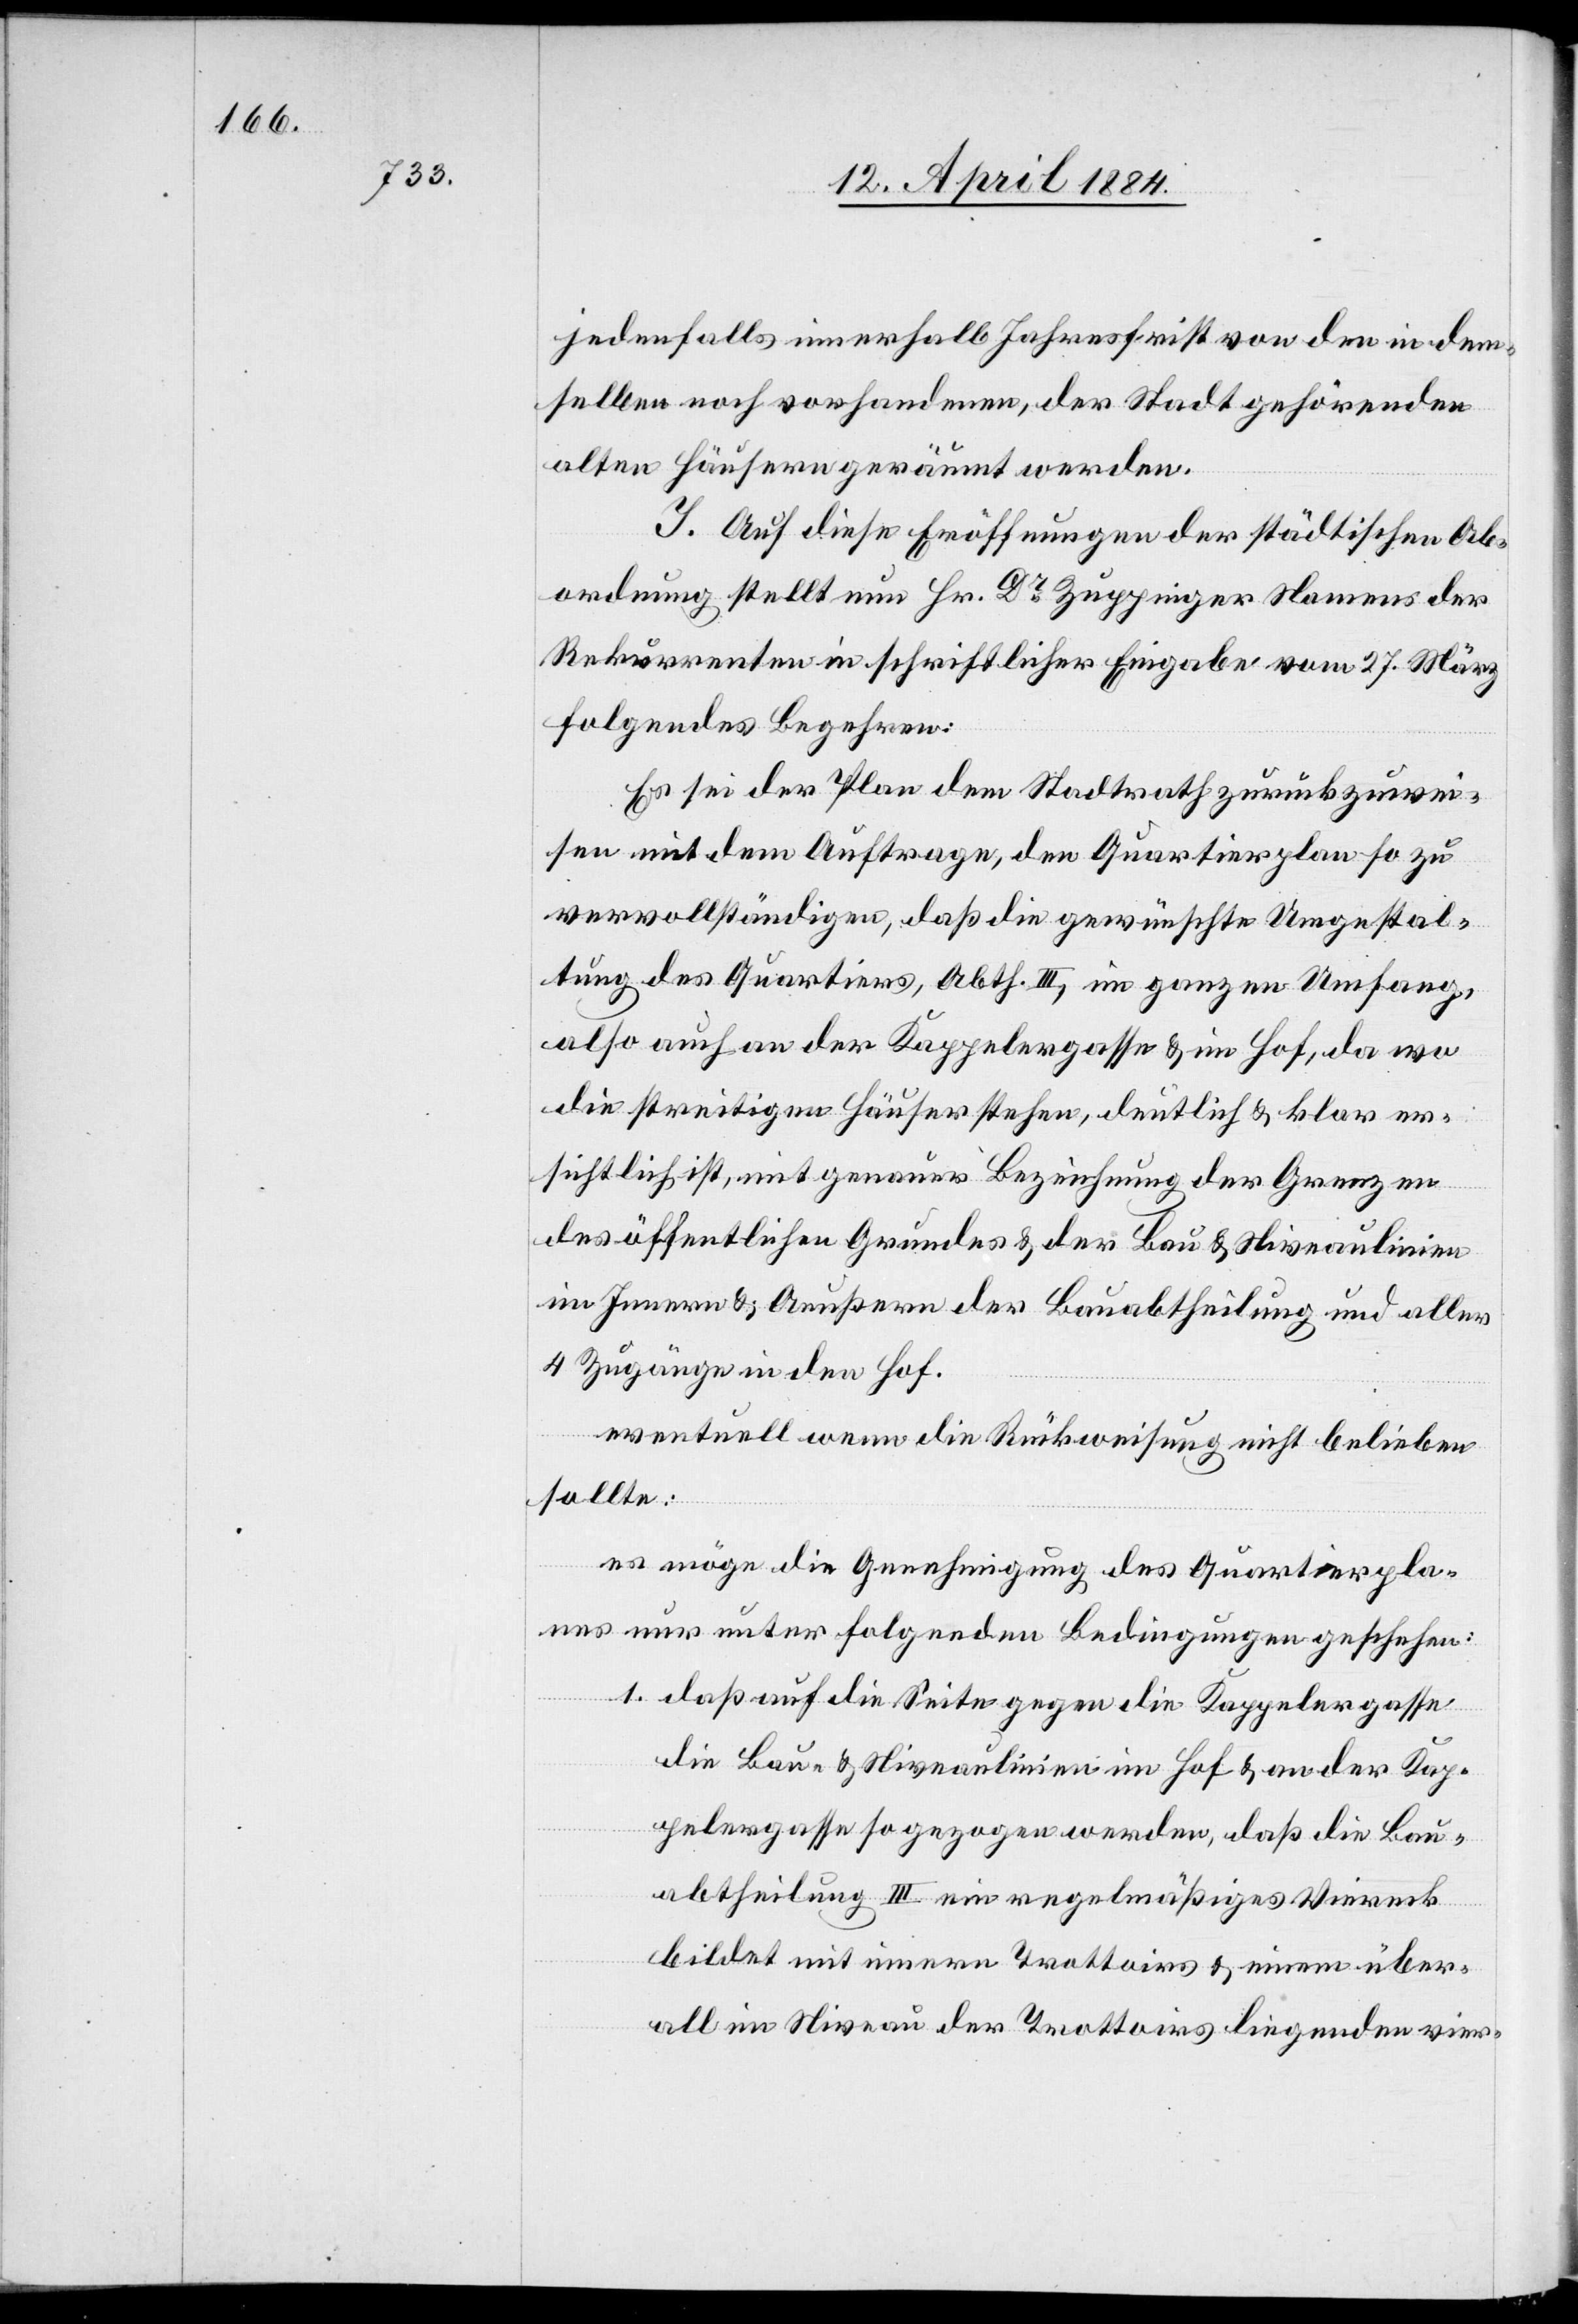
jedenfalls innerhalb Jahresfrist von den in dem¬
selben noch vorhandenen, der Stadt gehörenden
alten Häuser geräumt werden.
J. Auf diese Eröffnungen der städtischen Ab¬
ordnung stellt nun Hr. Dr Zuppinger Namens der
Rekurrenten in schriftlicher Eingabe vom 27. März
folgendes Begehren:
Es sei der Plan dem Stadtrath zurückzuwei¬
sen mit dem Auftrage, den Quartierplan so zu
vervollständigen, daß die gewünschte Umgestal¬
tung des Quartiers, Abth. III, im ganzen Umfang,
also auch an der Kappelergasse & im Hof, da wo
die streitigen Häuser stehen, deutlich & klar er¬
sichtlich ist, mit genauer Bezeichnung der Grenzen
des öffentlichen Grundes & der Bau[-] & Niveaulinien
im Innern & Aueßern der Bauabtheilung und aller
4 Zugänge in den Hof.
eventuell wenn die Rückweisung nicht belieben
sollte:
es möge die Genehmigung des Quartierpla¬
nes nur unter folgenden Bedingungen geschehen:
1. daß auf die Seite gegen die Kappelergasse
die Bau- & Niveaulinien im Hof & an der Kap¬
pelergasse so gezogen werden, daß die Bau¬
abtheilung III ein regelmäßiges Viereck
bildet mit innern Trottoirs & einem über¬
all im Niveau der Trottoirs liegenden vier-